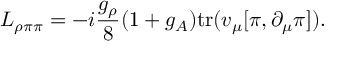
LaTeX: { \cal L } _ { \rho \pi \pi } = - i \frac { g _ { \rho } } { 8 } ( 1 + g _ { A } ) \mathrm { t r } ( v _ { \mu } [ \pi , \partial _ { \mu } \pi ] ) .